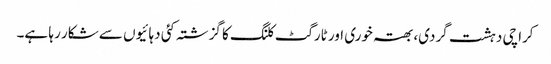
کراچی دہشت گردی، بھتہ خوری اور ٹارگٹ کلنگ کا گزشتہ کئی دہائیوں سے شکار رہا ہے۔